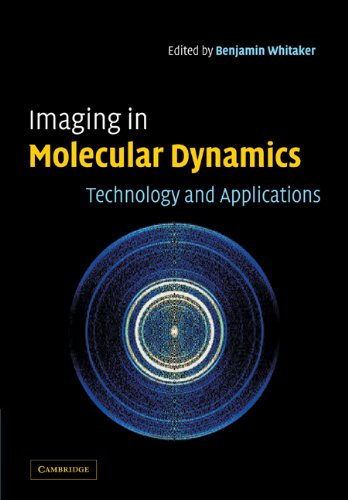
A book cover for Imaging in Molecular Dynamics: Technology and Applications; Science & Math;